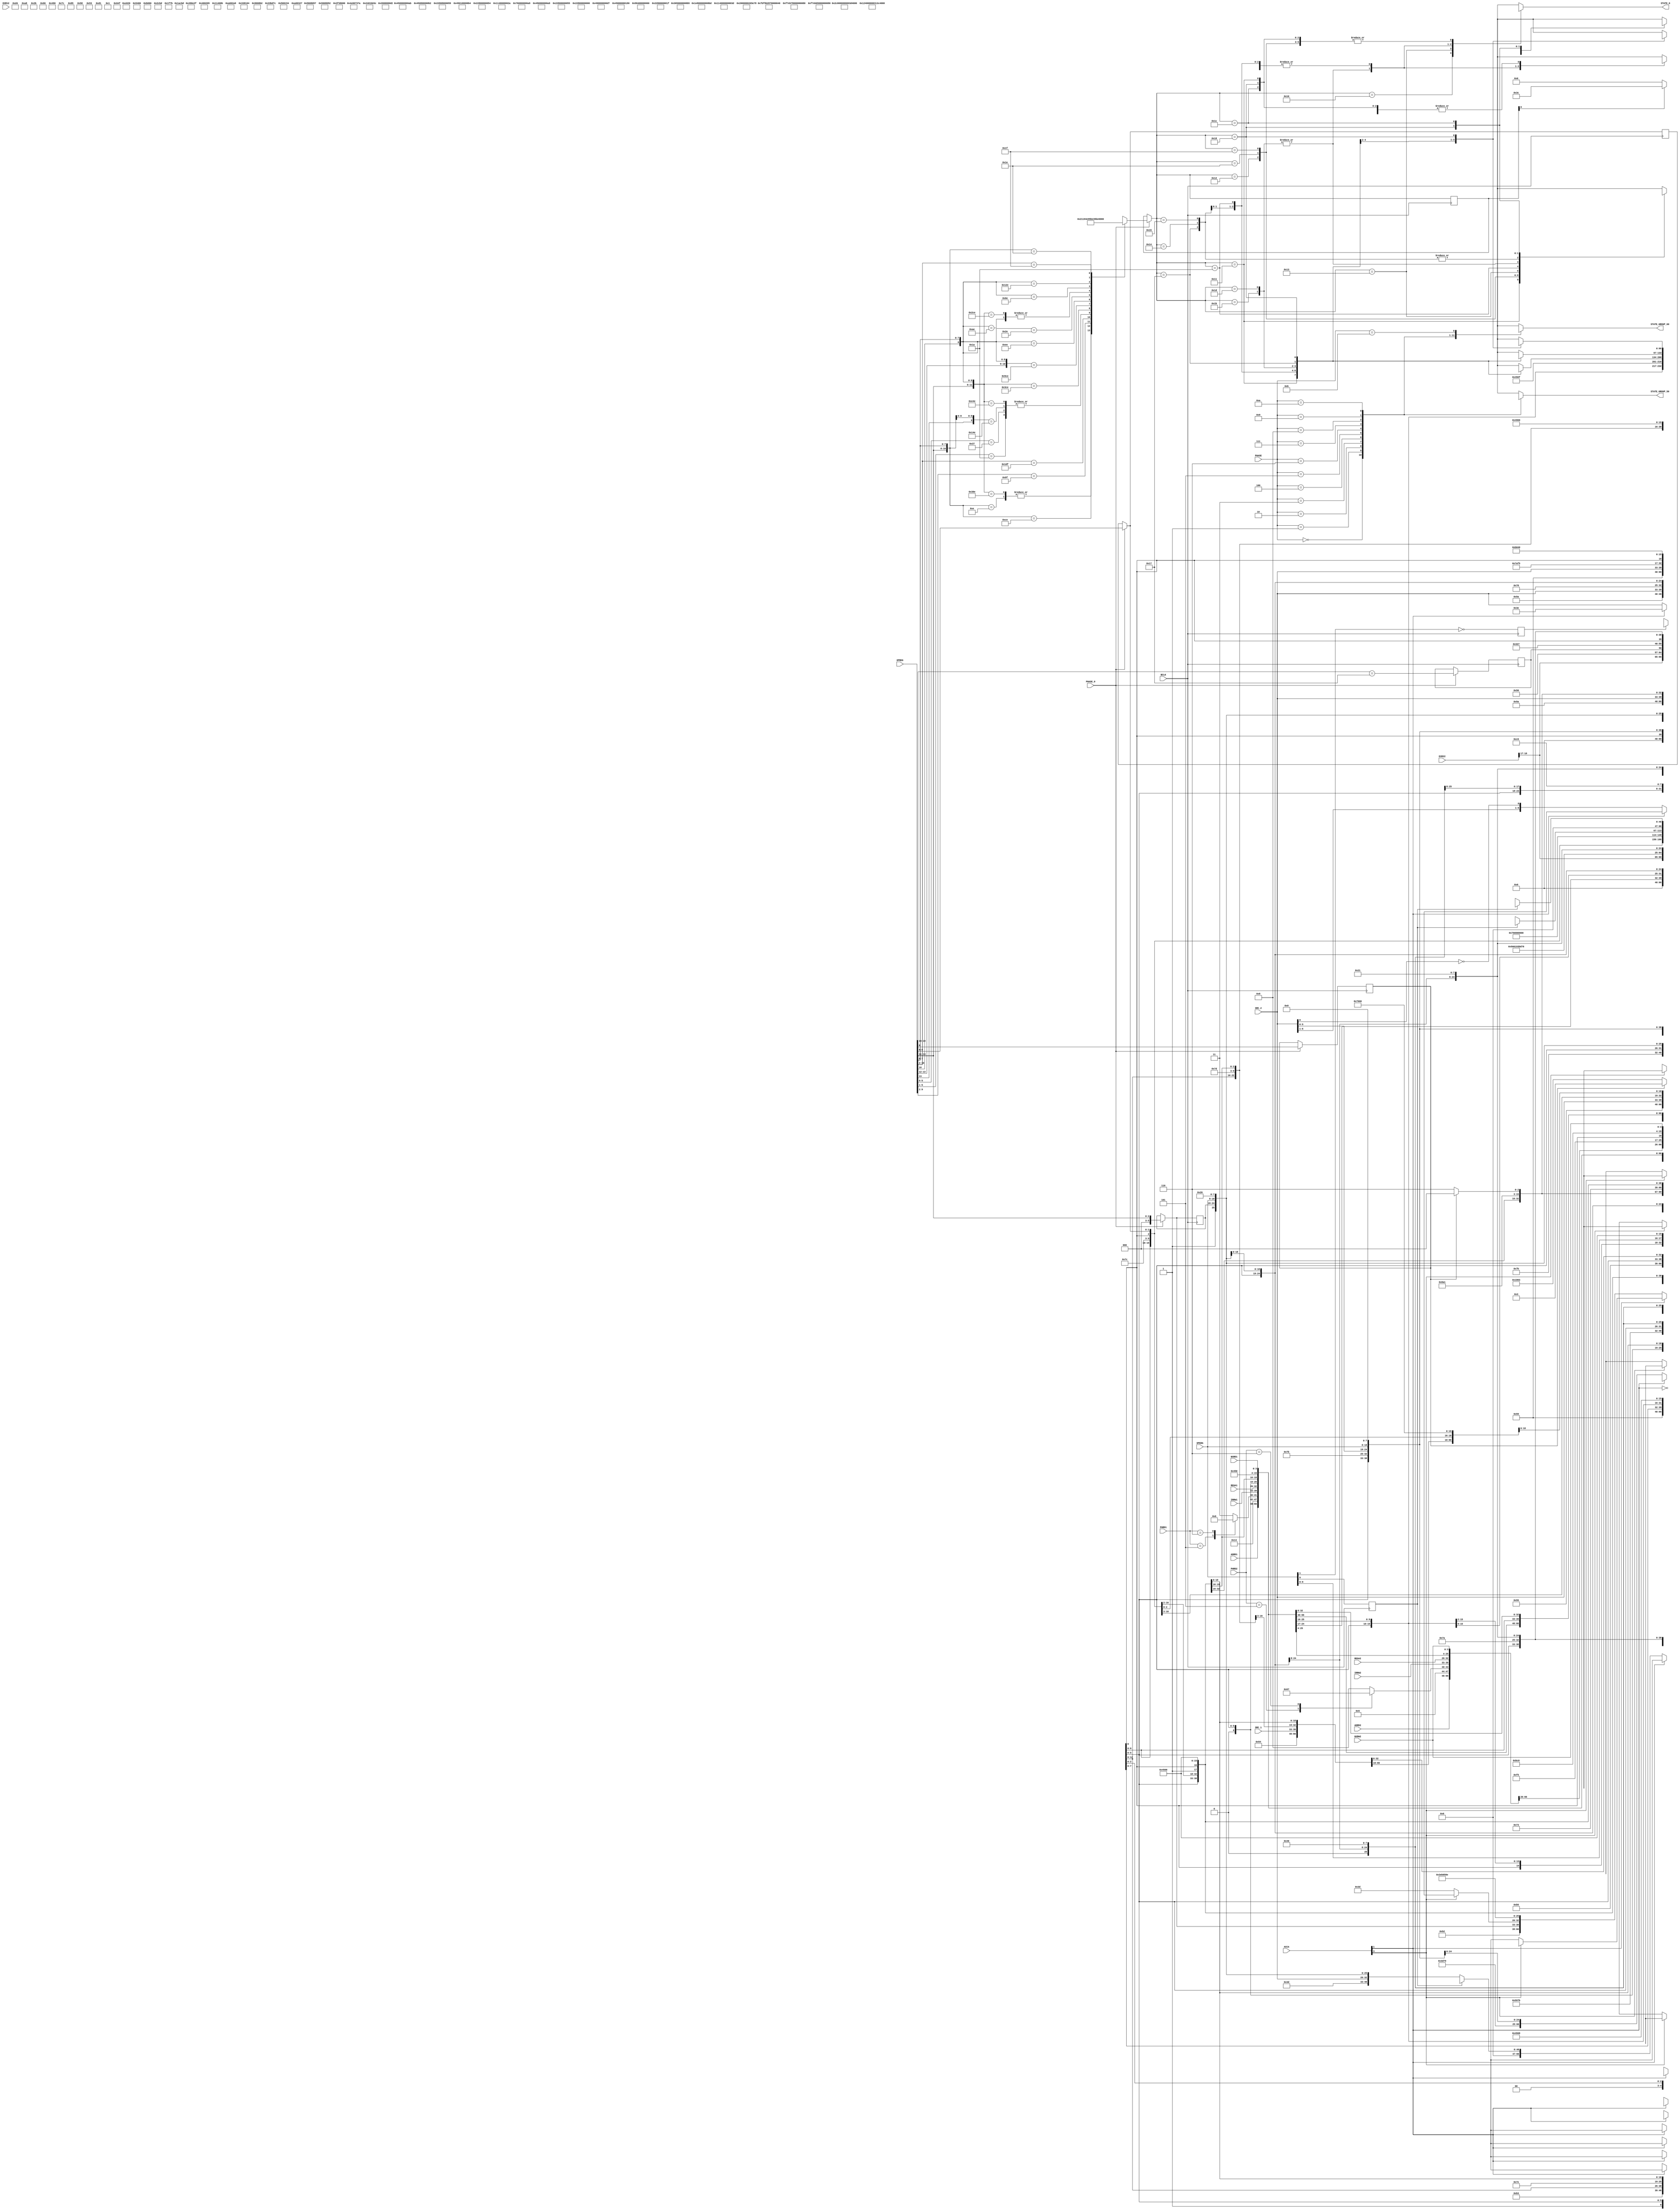
module GRUPPE_2 ( BCLK, PHASE_0, OPREG, PHASE, SRC_1, SRC_2, REGA1, REGA2, IRRW1, IRRW2, ADRD1, ADRD2, EXR12, EXR22,
				  PHRD1, PHRD2, NXRD1, NXRW2, ACCA, OPERA,
				  STATE_0, STATE_GROUP_50, STATE_GROUP_60 );
	input			BCLK,PHASE_0;
	input	[18:0]	OPREG;
	input	 [3:0]	PHASE;	// nur die 4 LSBs
	// Source 1 & 2 Inputs
	input	 [6:0]	SRC_1,SRC_2,REGA1,REGA2,IRRW1,IRRW2;
	input	[18:0]	ADRD1,ADRD2,EXR12,EXR22;
	input	 [3:0]	PHRD1,PHRD2;
	input	 [3:0]	NXRD1,NXRW2;
	input	 [3:0]	ACCA;	// ACCA = Access type :	0x Register
							//	[3:2] or [1:0]		10 Memory
							//						11 Memory + Index
	input	[10:0]	OPERA;
	output	[66:0]	STATE_0;
	output	[66:0]	STATE_GROUP_50,STATE_GROUP_60;
	reg		[66:0]	STATE_GROUP_50,STATE_GROUP_60;
	reg		[66:0]	STATE_0,state_50,state_53,state_54,state_55,state_58,state_59,state_5A;
	reg		 [4:0]	op_code,op_reg_reg;
	reg		 [7:0]	phsrc1,phsrc2;
	reg		 [5:0]	chkreg;
	reg		 [1:0]	bwdreg;
	reg				tbit_flag,size_dw;
	reg				inss_flag;
	reg				ext_tos;
	wire	[18:0]	exoffset,re_wr,rexwr;
	wire	[10:0]	op_kust,op_bwd;
	wire	 [7:0]	phchk;
	wire	 [4:0]	op_reg;
	wire	 [6:0]	src_1l,src_2l;
	wire	 [5:0]	dest_2;
	wire	 [3:0]	get8b_s,get8b_d;
	wire	 [6:0]	rd_reg;
	wire	[10:0]	op_zext;
	wire	 [3:0]	imdi;
	parameter dont_care	= 67'hx_xxxx_xxxx_xxxx_xxxx;
	// Address-Field : Size:2 RD WR LDEA FULLACC INDEX:4 SPUPD disp_val:4 POST CLRMSW SRC2SEL:2
	parameter addr_nop	= 19'h0;	// alle Parameter auf 0
	parameter disp2ea	= 19'bxx_0010_0000_0_0000_0010;	// pass DISP
	parameter case_op	= 19'bxx_0010_1000_0_0000_0001;	// SRC1 add to PC_ARCHI
	parameter read_byb	= 19'b00_1011_11xx_0_0000_0011;	// read of SRC2 for Bit opcodes
	parameter exr11		= {2'b10  ,4'b1011,4'h0 ,9'h080};	// 2. access External with Mem.-Pointer + 4* Disp
	parameter adrcvtp	= 19'bxx_0010_0111_0_0000_0000;	// for CVTP
	parameter addone	= 19'bxx_0010_0100_0_0000_0000;	// for INDEX : SRC1 + SRC2 , simple Add without Flags
	parameter addind	= 19'bxx_0010_0100_0_0000_0011;	// for INDEX : SRC1 + EA
	parameter src_x		= 7'hxx;
	parameter dest_x	= 6'hxx;
	parameter imme		= {1'b1,6'hxx};
	parameter F0		= 7'h20;
	parameter F0_h		= 7'h21;
	parameter w_F0		= 6'h20;
	parameter w_F0_h	= 6'h21;
	parameter temp_l	= 6'h3C;
	parameter temp_h	= 6'h3D;	// Second last place for 8B TEMP Register
	parameter temp_1	= 6'h3E;
	parameter rtmpl		= 7'h3C;
	parameter rtmph		= 7'h3D;
	parameter rtmp1		= 7'h3E;
	parameter op_mov	= {3'bx1x,8'h45};
	parameter op_adr	= {3'bx1x,8'h49};
	parameter op_addl	= {3'b01x,8'hB0};
	parameter op_addf	= {3'b11x,8'hB0};
	parameter op_mull	= {3'b01x,8'hBC};
	parameter op_mulf	= {3'b11x,8'hBC};
	parameter op_truf	= {3'b101,8'h9A};	// TRUNCFW for SCALBF
	parameter op_trul	= {3'b001,8'h9A};	// TRUNCLW for SCALBL
	parameter op_stpr	= {3'b11x,8'h54};	// Special-Op for String opcodes
	parameter op_lsh	= {3'b011,8'h65};	// EXT : shift to right : DOUBLE !
	parameter op_msk	= {3'b011,8'h80};	// reuse of EXT Opcode at INS !
	parameter op_mul	= {3'b011,8'h78};	// INDEX
	parameter op_rwv	= {3'bx1x,8'hE0};	// RDVAL+WRVAL
	always @(OPREG)	// whether the Opcode is valid is decided in DECODER !
	  casex (OPREG[13:0])
//		14'bxx_xxxx_1111_1110 : op_code = {2'b01,OPREG[11:10],OPREG[8]};	// DOT/POLY/SCALB
		14'b00_0xxx_0000_1110 : op_code = 5'b1_0000;	// MOVS/CMPS
		14'b00_11xx_0000_1110 : op_code = 5'b1_0000;	// SKPS
		14'b00_0xxx_1100_1110 : op_code = 5'b1_0001;	// MOVM/CMPM
		14'bxx_xx10_0111_11xx : op_code = 5'b1_0010;	// JUMP/JSR
		14'bxx_x111_0111_11xx : op_code = 5'b1_0011;	// CASE
		14'bxx_xxxx_xx11_010x : op_code = 5'b1_0100;	// TBIT
		14'bxx_xxxx_xx11_0111 : op_code = 5'b1_0100;	// TBIT
		14'b0x_1xxx_0100_1110 : op_code = 5'b1_0100;	// CBIT/SBIT
		14'b11_10xx_0100_1110 : op_code = 5'b1_0100;	// IBIT
		14'b00_11xx_1100_1110 : op_code = 5'b1_0101;	// EXTS
		14'b10_x1xx_1100_1110 : op_code = 5'b1_0111;	// DEI/MEI
		14'bxx_x0xx_1110_1110 : op_code = 5'b1_1000;	// CHECK
		14'bxx_x0xx_0010_1110 : op_code = 5'b1_1010;	// EXT
		14'bxx_x0xx_1010_1110 : op_code = 5'b1_1011;	// INS
		14'b00_10xx_1100_1110 : op_code = 5'b1_1011;	// INSS, the same like INS !
		14'bxx_x0xx_0110_1110 : op_code = 5'b1_1100;	// CVTP
		14'bxx_x1xx_0010_1110 : op_code = 5'b1_1101;	// INDEX
		14'bxx_x000_0111_11xx : op_code = 5'b1_1110;	// CXPD
		14'b00_0xxx_0001_1110 : op_code = 5'b1_1111;	// RDVAL+WRVAL
		default				  : op_code = 5'b00_xxx;
	  endcase
	always @(posedge BCLK) if (PHASE_0) op_reg_reg <= op_code;
	assign op_reg = PHASE_0 ? op_code : op_reg_reg;
	always @(PHRD1)	// recode of States
	  casex (PHRD1)
		 4'h5 : phsrc1 = 8'h51;
		 4'h6 : phsrc1 = 8'h52;
		 4'hB : phsrc1 = 8'h53;	// ok, is in default ...
	  default : phsrc1 = 8'h53;
	  endcase
	assign get8b_s = (PHRD1 == 4'hB) ? 4'hC : 4'h0;	// Special case 8B Immeadiate, is used in State 53
	always @(PHRD2)	// recode of States
	  casex (PHRD2)
		 4'h5 : phsrc2 = 8'h56;
		 4'h6 : phsrc2 = 8'h57;
		 4'hB : phsrc2 = 8'h58;	// ok, is in default ...
	  default : phsrc2 = 8'h58;
	  endcase
	assign get8b_d = (PHRD2 == 4'hB) ? 4'hC : 4'h0;	// Special case 8B Immeadiate, is used in State 58
	assign src_1l = {SRC_1[6:1],1'b0};
	assign src_2l = {SRC_2[6:1],~SRC_2[0]};	// needed only for DEI/MEI
	assign dest_2 =  SRC_2[5:0];
	assign phchk = {7'b0101_010,size_dw};	// Phase 54 or 55
	assign op_kust = {1'bx,OPERA[9:8],8'h7A};	// Special-Opcode for MOVM/CMPM
	assign op_bwd  = {1'bx,OPERA[9:8],8'h45};	// for CASE and Bit opcodes
	assign re_wr   = {EXR22[18:17],4'b0101,4'h0, 9'h003};	// REUSE Address : Write of rmw , top 2 Bits contain size
	always @(posedge BCLK) if (PHASE_0) ext_tos <= (OPREG[18:14] == 5'h17);	// if TOS
	assign rexwr   = {EXR22[18:17],4'b0101,4'h0, ext_tos, 8'h03};	// REUSE Addresse : Write von rmw , only for EXT and EXTS !
	always @(posedge BCLK) tbit_flag <= ~OPERA[1];	// due to Timing ...
	always @(posedge BCLK) size_dw	 <=  OPERA[9];
	always @(posedge BCLK) if (PHASE_0) chkreg <= {3'b000,OPREG[13:11]};	// for CHECK
	assign rd_reg = (PHASE_0) ? {4'b0,OPREG[13:11]} : {1'b0,chkreg};	// for read operation at EXT/INS
	always @(posedge BCLK) if (PHASE_0) bwdreg <= OPREG[9:8];		// only for INS/INSS !
	assign op_zext = {1'bx,(PHASE_0 ? OPREG[9:8] : bwdreg),8'h76};
	always @(posedge BCLK) if (PHASE_0) inss_flag <= OPREG[6];	// Difference INSS to INS
	assign imdi = inss_flag ? 4'h8 : 4'hE;	// read Immediate or Displacement
	assign exoffset = inss_flag ? 19'b10_1011_0000_0_0000_0011 	// Read of SRC2 at INSS
								: 19'b10_1011_1100_0_0000_0011;	// Read of SRC1+Offset at EXT, SRC2+Offset at INS
	always @(*)
	  casex (op_reg)
		5'b1_0000 :	// MOVS Phase 0 : Entry 1. Pointer "in Page"-test prepare, 2. test for R0=0 , then jump to x'C0
			begin
			  STATE_0  = {	 addr_nop,8'h67, 7'h01, 7'h02, 1'b0,dest_x,op_stpr,	2'b00,2'b00,4'h0  };	// String-Pointer prepare
			  state_50 = dont_care;
			  state_53 = dont_care;
			  state_54 = dont_care;
			  state_55 = dont_care;
			  state_58 = dont_care;
			  state_59 = dont_care;
			  state_5A = dont_care;
			end
		5'b1_0001 :	// MOVM Phase 0 : Entry with test for R0=0 , then jump to x'C0
			begin
			  STATE_0  = {   ADRD1,   phsrc1,src_x, REGA1, 1'b0,dest_x,op_mov,  2'b00,2'b00,NXRD1 };
			  state_50 = {   ADRD1,   phsrc1,IRRW1, REGA1, 1'b0,dest_x,op_mov,  2'b00,2'b00,NXRD1 };
			  state_53 = {   ADRD2,   phsrc2,IRRW2, REGA2, 1'b1,temp_h,op_adr,  2'b00,2'b00,NXRW2 };
			  state_54 = dont_care;
			  state_55 = dont_care;
			  state_58 = {	 disp2ea, 8'h65, src_x, src_x, 1'b1,temp_1,op_adr,  2'b00,2'b00,4'b1110 };	// Read of DISP for count
			  state_59 = {	 addr_nop,8'h67, rtmph, rtmp1, 1'b0,dest_x,op_stpr,	2'b00,2'b00,4'h0  };	// String-Pointer prepare
			  state_5A = dont_care;
			end
		5'b1_0010 :	// JUMP/JSR
			begin
			  STATE_0  = {   ADRD1,   phsrc1,src_x, REGA1, 1'b0,dest_x,op_mov,  2'b00,2'b00,NXRD1 };
			  state_50 = {   ADRD1,   phsrc1,IRRW1, REGA1, 1'b0,dest_x,op_mov,  2'b00,2'b00,NXRD1 };
			  state_53 = {   addr_nop,8'h66, src_x, src_x, 1'b1,temp_h,op_adr,  2'b00,2'b00,4'h0  };
			  state_54 = dont_care;
			  state_55 = dont_care;
			  state_58 = dont_care;
			  state_59 = dont_care;
			  state_5A = dont_care;
			end
		5'b1_1110 :	// CXPD
			begin
			  STATE_0  = {   ADRD1,   phsrc1,src_x, REGA1, 1'b0,dest_x,op_mov,  2'b00,2'b00,NXRD1 };
			  state_50 = {   ADRD1,   phsrc1,IRRW1, REGA1, 1'b0,dest_x,op_mov,  2'b00,2'b00,NXRD1 };
			  state_53 = {   addr_nop,8'h6B, imme,  src_x, 1'b1,temp_h,op_mov,  2'b00,2'b00,4'h0  };
			  state_54 = dont_care;
			  state_55 = dont_care;
			  state_58 = dont_care;
			  state_59 = dont_care;
			  state_5A = dont_care;
			end
		5'b1_1111 :	// RDVAL+WRVAL
			begin
			  STATE_0  = {   ADRD1,   phsrc1,src_x, REGA1, 1'b0,dest_x,op_mov,  2'b00,2'b00,NXRD1 };
			  state_50 = {   ADRD1,   phsrc1,IRRW1, REGA1, 1'b0,dest_x,op_mov,  2'b00,2'b00,NXRD1 };
			  state_53 = {   addr_nop,8'h00, src_x, src_x, 1'b0,dest_x,op_rwv,  2'b00,2'b10,4'h0  };	// LD_OUT set because of "F"
			  state_54 = dont_care;
			  state_55 = dont_care;
			  state_58 = dont_care;
			  state_59 = dont_care;
			  state_5A = dont_care;
			end
		5'b1_0011 :	// CASE
			begin
			  STATE_0  = ACCA[3] ?		// _M...
						 {   ADRD1,   phsrc1,src_x, REGA1, 1'b0,dest_x,op_mov,  2'b00,2'b00,NXRD1 }
					   : {	 case_op, 8'h54, SRC_1, src_x, 1'b0,dest_x,op_bwd,	2'b00,2'b00,4'h0  };
			  state_50 = {   ADRD1,   phsrc1,IRRW1, REGA1, 1'b0,dest_x,op_mov,  2'b00,2'b00,NXRD1 };	// only one operand in mem.
			  state_53 = {   case_op, 8'h54, imme,  src_x, 1'b0,dest_x,op_bwd,	2'b00,2'b00,4'h0  };
			  state_54 = {   addr_nop,8'h66, src_x, src_x, 1'b1,temp_h,op_adr,  2'b00,2'b00,4'h0  };
			  state_55 = dont_care;
			  state_58 = dont_care;
			  state_59 = dont_care;
			  state_5A = dont_care;
			end
		5'b1_0100 : // all Bit opcodes with Bit in memory. RMW Test in Phase x'59 = Special case, otherwise x'58
			begin
			  STATE_0  = ACCA[3] ?		// _M...
						 {   ADRD1,   phsrc1,src_x, REGA1, 1'b0,dest_x,op_mov,  2'b00,2'b00,NXRD1 }
					   : {	 addr_nop,8'h54, SRC_1, src_x, 1'b1,temp_h,op_mov,	2'b00,2'b00,4'h0  };
			  state_50 = ACCA[3] ?		// _M...
						 {   ADRD1,   phsrc1,IRRW1, REGA1, 1'b0,dest_x,op_mov,  2'b00,2'b00,NXRD1 }
					   : {	 addr_nop,8'h54, SRC_1, src_x, 1'b1,temp_h,op_mov,	2'b00,2'b00,4'h0  };
			  state_53 = {   addr_nop,8'h54, imme,  src_x, 1'b1,temp_h,op_mov,	2'b00,2'b00,4'h0  };
			  state_54 = {	 ADRD2,   phsrc2,IRRW2, REGA2, 1'b0,dest_x,op_mov,  2'b00,2'b00,NXRW2 };	// here SRC1 => TEMP_H
			  state_55 = dont_care;
			  state_58 = {	 read_byb,8'h59, rtmph, src_x, 1'b0,dest_x,op_bwd,	2'b00,2'b00,4'h1  };	// next read of Byte
			  state_59 = tbit_flag ?
						 {	 addr_nop,8'h00, src_x, imme,  1'b0,dest_x,OPERA,	2'b00,2'b10,4'h0  }		// TBIT end
					   : {	 re_wr,   8'h27, src_x, imme,  1'b0,dest_x,OPERA,	2'b00,2'b10,4'h1  };	// CBIT/SBIT/IBIT end
			  state_5A = dont_care;
			end
		5'b1_0101 : // EXTS : BASE Operand => TEMP, calculate address of Destination
			begin
			  STATE_0  = ACCA[3] ?		// _M...
						 {   ADRD1,   phsrc1,src_x, REGA1, 1'b0,dest_x,op_mov,  2'b00,2'b00,NXRD1 }
					   : {	 addr_nop,8'h54, SRC_1, src_x, 1'b1,temp_h,op_mov,	2'b00,2'b00,4'h0  };
			  state_50 = ACCA[3] ?		// _M...
						 {   ADRD1,   phsrc1,IRRW1, REGA1, 1'b0,dest_x,op_mov,  2'b00,2'b00,NXRD1 }
					   : {	 addr_nop,8'h54, SRC_1, src_x, 1'b1,temp_h,op_mov,	2'b00,2'b00,4'h0  };
			  state_53 = {   addr_nop,8'h54, imme,  src_x, 1'b1,temp_h,op_mov,	2'b00,2'b00,4'h0  };
			  state_54 = ACCA[1] ?
						 {	 ADRD2,   phsrc2,IRRW2, REGA2, 1'b0,dest_x,op_mov,  2'b00,2'b00,NXRW2 }		// here Adr(DEST) => EA
					   : {	 addr_nop,8'h59, src_x, src_x, 1'b0,dest_x,op_mov,	2'b00,2'b00,4'h8  };	// 1 Byte Immediate read
			  state_55 = dont_care;
			  state_58 = {	 addr_nop,8'h59, src_x, src_x, 1'b0,dest_x,op_mov,	2'b00,2'b00,4'h8  };	// 1 Byte Immediate read
			  state_59 = ACCA[1] ?		// _..M.
						 {	 rexwr,   8'h27, imme,  rtmph, 1'b0,dest_x,OPERA,	2'b00,2'b10,4'h1  }		// result in memory
					   : {	 addr_nop,8'h00, imme,  rtmph, 1'b1,dest_2,OPERA,	2'b00,2'b00,4'h0  };	// result in Register
			  state_5A = dont_care;
			end
		5'b1_1010 : // EXT : BASE Operand => TEMP, calculate address of Destination
			begin
			  STATE_0  = ACCA[3] ?		// _M...
						 {   ADRD1,   phsrc1,src_x, REGA1, 1'b0,dest_x,op_mov,  2'b00,2'b00,NXRD1 }
					   : {	 addr_nop,8'h54, SRC_1, src_x, 1'b1,temp_h,op_mov,	2'b00,2'b00,4'h0  };
			  state_50 = ACCA[3] ?		// _M...
						 {   ADRD1,   phsrc1,IRRW1, REGA1, 1'b0,dest_x,op_mov,  2'b00,2'b00,NXRD1 }
					   : {	 addr_nop,8'h54, SRC_1, src_x, 1'b1,temp_h,op_mov,	2'b00,2'b00,4'h0  };
			  state_53 = {   addr_nop,8'h55, src_x, src_x, 1'b0,dest_x,op_mov,	2'b00,2'b00,4'h0  };	// Addr => EA Reg
			  state_54 = ACCA[1] ?
						  ( ACCA[3] ?
						    {addr_nop,8'h5A, imme,  src_x, 1'b1,temp_h,op_mov,	2'b00,2'b00,4'h0  }
						   :{ADRD2,   phsrc2,IRRW2, REGA2, 1'b0,dest_x,op_mov,	2'b00,2'b00,NXRW2 }	)	// here Adr(DEST) => EA
					   : {	 addr_nop,8'h59, rd_reg,(ACCA[3] ? imme : rtmph),
														   1'b1,temp_h,op_lsh,	2'b00,2'b00,4'hE  };	// Displacement read
			  state_55 = {   exoffset,8'h54, rd_reg,src_x, 1'b0,dest_x,op_mov,	2'b00,2'b00,4'h1  };	// Read Source, EA reuse
			  state_58 = {	 addr_nop,8'h59, rd_reg,rtmph, 1'b1,temp_h,op_lsh,	2'b00,2'b00,4'hE  };	// Displacement read
			  state_59 = ACCA[1] ?		// _..M.
						 {	 rexwr,   8'h27, src_x, rtmph, 1'b0,dest_x,OPERA,	2'b00,2'b10,4'h1  }		// result in memory
					   : {	 addr_nop,8'h00, src_x, rtmph, 1'b1,dest_2,OPERA,	2'b00,2'b00,4'h0  };	// result in Register
			  state_5A = {	 ADRD2,   phsrc2,IRRW2, REGA2, 1'b0,dest_x,op_mov,	2'b00,2'b00,NXRW2 };	// special case Mem-Mem
			end
		5'b1_1011 : // INS/INSS : BASE Operand => TEMP, SRC2 read as Double ! RMW not tested (Phase x'6A) but uncritical
			begin
			  STATE_0  = ACCA[3] ?		// _M...
						 {   ADRD1,   phsrc1,src_x, REGA1, 1'b0,dest_x,op_mov,  2'b00,2'b00,NXRD1 }
					   : {	 addr_nop,8'h54, SRC_1, src_x, 1'b1,temp_h,op_zext, 2'b00,2'b00,4'h0  };
			  state_50 = ACCA[3] ?		// _M...
						 {   ADRD1,   phsrc1,IRRW1, REGA1, 1'b0,dest_x,op_mov,  2'b00,2'b00,NXRD1 }
					   : {	 addr_nop,8'h54, SRC_1, src_x, 1'b1,temp_h,op_zext, 2'b00,2'b00,4'h0  };
			  state_53 = {   addr_nop,8'h54, imme,  src_x, 1'b1,temp_h,op_zext, 2'b00,2'b00,4'h0  };	// zext(SRC1) => TEMP
			  state_54 = ACCA[1] ?
						 {	 ADRD2,   phsrc2,IRRW2, REGA2, 1'b0,dest_x,op_mov,	2'b00,2'b00,NXRW2 }		// here Adr(DEST) => EA
					   : {	 addr_nop,8'h5A, SRC_2, src_x, 1'b1,temp_l,op_mov,	2'b00,2'b00,imdi  };	// Imme./Disp. read
			  state_55 = {   exoffset,8'h6A, rd_reg,src_x, 1'b0,dest_x,op_mov,	2'b00,2'b00,4'h1  };	// Read Source, EA reuse
			  state_58 = {	 addr_nop,8'h55, src_x, src_x, 1'b0,dest_x,op_mov,	2'b00,2'b00,4'h0  };	//
			  state_59 = ACCA[1] ?		// _..M.
						 {	 re_wr,   8'h27, rtmph, rtmpl, 1'b0,dest_x,OPERA,	2'b00,2'b10,4'h1  }		// result in memory
					   : {	 addr_nop,8'h00, rtmph, rtmpl, 1'b1,dest_2,OPERA,	2'b00,2'b00,4'h0  };	// result in Register
			  state_5A = {	 addr_nop,8'h68, imme,  src_x, 1'b1,temp_1,op_msk,	2'b00,2'b00,4'h0  };	// Mask generate
			end
		5'b1_1101 : // INDEX :
			begin
			  STATE_0  = ACCA[3] ?		// _M...
						 {   ADRD1,   phsrc1,src_x, REGA1, 1'b0,dest_x,op_mov,  2'b00,2'b00,NXRD1 }
					   : {	 addr_nop,8'h54, SRC_1, src_x, 1'b1,temp_h,op_zext, 2'b00,2'b00,4'h0  };
			  state_50 = ACCA[3] ?		// _M...
						 {   ADRD1,   phsrc1,IRRW1, REGA1, 1'b0,dest_x,op_mov,  2'b00,2'b00,NXRD1 }
					   : {	 addr_nop,8'h54, SRC_1, src_x, 1'b1,temp_h,op_zext, 2'b00,2'b00,4'h0  };
			  state_53 = {   addr_nop,8'h54, imme,  src_x, 1'b1,temp_h,op_zext, 2'b00,2'b00,4'h0  };	// zext(SRC1) => TEMP_H
			  state_54 = ACCA[1] ?
						 {	 ADRD2,   phsrc2,IRRW2, REGA2, 1'b0,dest_x,op_mov,	2'b00,2'b00,NXRW2 }		// zext(SRC2) => TEMP_L
					   : {	 addr_nop,8'h55, SRC_2, src_x, 1'b1,temp_l,op_zext, 2'b00,2'b00,4'h0  };
			  state_55 = {   addr_nop,8'h5A, rd_reg,rtmph, 1'b1,temp_h,op_mul,	2'b00,2'b00,4'h0  };	// Multiplication
			  state_58 = {	 addr_nop,8'h55, imme,  src_x, 1'b1,temp_l,op_zext, 2'b00,2'b00,4'h0  };	//
			  state_59 = {	 addind,  8'h60, rtmpl, src_x, 1'b0,dest_x,op_mov,	2'b00,2'b00,4'h0  };	// Add of Index in EA
			  state_5A = {	 addone,  8'h59, rd_reg,rtmph, 1'b0,dest_x,op_mov,	2'b00,2'b00,4'h0  };	// Add of EA (=+1)
			end
		5'b1_0111 :	// DEI + MEI , both read 8B from DEST ! RMW critical !
			begin
			  STATE_0  = ACCA[3] ?		// _M...
						 {   ADRD1,   phsrc1,src_x, REGA1, 1'b0,dest_x,op_mov,  2'b00,2'b00,NXRD1 }
					   : {	 addr_nop,8'h54, SRC_1, src_x, 1'b1,temp_h,op_mov,	2'b00,2'b00,4'h0  };
			  state_50 = ACCA[3] ?		// _M...
						 {   ADRD1,   phsrc1,IRRW1, REGA1, 1'b0,dest_x,op_mov,  2'b00,2'b00,NXRD1 }
					   : {	 addr_nop,8'h54, SRC_1, src_x, 1'b1,temp_h,op_mov,	2'b00,2'b00,4'h0  };
			  state_53 = {   addr_nop,8'h54, imme,  src_x, 1'b1,temp_h,op_mov,	2'b00,2'b00,4'h0  };
			  state_54 = ACCA[1] ?
						 {	 ADRD2,   phsrc2,IRRW2, REGA2, 1'b0,dest_x,op_mov,  2'b00,2'b00,NXRW2 }		// here SRC1 => TEMP_H
					   : {	 addr_nop,8'h59, rtmph, SRC_2, 1'b0,dest_x,OPERA,	2'b01,2'b00,4'h0  };	// 1. part of Register
			  state_55 = dont_care;
			  state_58 = size_dw ?
						 {	 addr_nop,8'h59, rtmph, imme,  1'b0,dest_x,OPERA,	2'b01,2'b00,4'h0  }		// D needs 2 accesses
					   : {	 addr_nop,8'h1F, rtmph, imme,  1'b0,dest_x,OPERA,	2'b11,2'b00,4'h0  };	// B+W start at once
			  state_59 = {	 addr_nop,8'h1F, src_x, (ACCA[1] ? imme : src_2l),							// SRC2 = memory or Reg
													   ~ACCA[1],dest_2,OPERA,	2'b10,2'b00,4'h0  };
			  state_5A = dont_care;
			end
		5'b1_1000 :	// CHECK
			begin
			  STATE_0  = {   ADRD1,   phsrc1,src_x, REGA1, 1'b0,dest_x,op_mov,  2'b00,2'b00,NXRD1 };	// No Register !
			  state_50 = {   ADRD1,   phsrc1,IRRW1, REGA1, 1'b0,dest_x,op_mov,  2'b00,2'b00,NXRD1 };
			  state_53 = {   addr_nop,phchk, imme,  src_x, 1'b1,temp_h,op_mov,	2'b00,2'b00,4'h0  };	// No Immediate !
			  state_54 = ACCA[1] ?
						 {	 ADRD2,   phsrc2,IRRW2, REGA2, 1'b0,dest_x,op_mov,  2'b00,2'b00,NXRW2 }
					   : (  size_dw ?
							{addr_nop,8'h5A, SRC_2, rtmpl, 1'b0,dest_x,OPERA,	2'b00,2'b10,4'h0  }		// Upper Bound - pointer
						  : {addr_nop,8'h00, rtmph, SRC_2, 1'b1,chkreg,OPERA,	2'b00,2'b10,4'h0  } );
			  state_55 = {   addr_nop,8'h54, imme,  src_x, 1'b1,temp_l,op_mov,	2'b00,2'b00,4'h0  };
			  state_58 = size_dw ?
						 {	 addr_nop,8'h59, imme,  src_x, 1'b1,temp_1,op_mov,	2'b00,2'b00,4'h0  }		// here SRC2 => TEMP_1
					   : {	 addr_nop,8'h00, rtmph, imme,  1'b1,chkreg,OPERA,	2'b00,2'b10,4'h0  };
			  state_59 = {	 addr_nop,8'h5A, rtmp1, rtmpl, 1'b0,dest_x,OPERA,	2'b00,2'b10,4'h0  };	// Upper Bound - pointer
			  state_5A = {	 addr_nop,8'h00, rtmph, (ACCA[1] ? rtmp1 : SRC_2),
														   1'b1,chkreg,OPERA,	2'b00,2'b10,4'h0  };	// pointer - Lower Bound
			end
		5'b1_1100 :	// CVTP
			begin
			  STATE_0  = {   ADRD1,   phsrc1,src_x, REGA1, 1'b0,dest_x,op_mov,  2'b00,2'b00,NXRD1 };	// Address
			  state_50 = {   ADRD1,   phsrc1,IRRW1, REGA1, 1'b0,dest_x,op_mov,  2'b00,2'b00,NXRD1 };
			  state_53 = {   addr_nop,8'h54, src_x, src_x, 1'b1,temp_h,op_adr,	2'b00,2'b00,4'h0  };
			  state_54 = {	 adrcvtp, 8'h73, rtmph, rd_reg,1'b0,dest_x,op_mov,  2'b00,2'b00,4'h0  };	// 8*TEMP+Offset
			  state_55 = dont_care;
			  state_58 = dont_care;
			  state_59 = dont_care;
			  state_5A = dont_care;
			end
//		5'b01_000 :	// SCALBL : RMW critical !
//			begin
//			  STATE_0  = ACCA[3] ?		// _M...
//						 {   ADRD1,   phsrc1,src_x, REGA1, 1'b0,dest_x,op_mov,  2'b00,2'b00,NXRD1 }
//					   : {	 addr_nop,8'h54, SRC_1, src_1l,1'b1,temp_h,op_trul, 2'b11,2'b00,4'h0  };
//			  state_50 = ACCA[3] ?		// _M...
//						 {   ADRD1,   phsrc1,IRRW1, REGA1, 1'b0,dest_x,op_mov,  2'b00,2'b00,NXRD1 }
//					   : {	 addr_nop,8'h54, SRC_1, src_1l,1'b1,temp_h,op_trul, 2'b11,2'b00,4'h0  };
//			  state_53 = {   addr_nop,8'h55, imme,  src_x, 1'b1,temp_h,op_mov,	2'b00,2'b00,get8b_s };
//			  state_54 = ACCA[1] ?
//						 {	 ADRD2,   phsrc2,IRRW2, REGA2, 1'b0,dest_x,op_trul, 2'b00,2'b00,NXRW2 }
//					   : {	 addr_nop,8'h5A, src_x, src_x, 1'b0,temp_h,op_trul,	2'b00,2'b00,4'h0  };
//			  state_55 = {	 addr_nop,8'h54, rtmph, imme,  1'b1,temp_h,op_trul, 2'b11,2'b00,4'h0  };	// 2. half of external SRC1
//			  state_58 = {	 addr_nop,8'h59, rtmph, imme,  1'b0,dest_2,OPERA,	2'b01,2'b00,4'h0  };
//			  state_59 = {	 addr_nop,8'h1F, src_x, (ACCA[1] ? imme : src_2l),
//													   ~ACCA[1],dest_2,OPERA,	2'b10,2'b00,4'h0  };
//			  state_5A = {	 addr_nop,8'h59, rtmph, SRC_2, 1'b0,dest_2,OPERA,	2'b01,2'b00,4'h0  };	// empty cycle for TRUNC => TEMP !
//			end
//		5'b01_001 :	// SCALBF : RMW critical !
//			begin
//			  STATE_0  = ACCA[3] ?		// _M...
//						 {   ADRD1,   phsrc1,src_x, REGA1, 1'b0,dest_x,op_mov,  2'b00,2'b00,NXRD1 }
//					   : {	 addr_nop,8'h54, SRC_1, src_x, 1'b1,temp_h,op_truf, 2'b00,2'b00,4'h0  };
//			  state_50 = ACCA[3] ?		// _M...
//						 {   ADRD1,   phsrc1,IRRW1, REGA1, 1'b0,dest_x,op_mov,  2'b00,2'b00,NXRD1 }
//					   : {	 addr_nop,8'h54, SRC_1, src_x, 1'b1,temp_h,op_truf, 2'b00,2'b00,4'h0  };
//			  state_53 = {   addr_nop,8'h54, imme,  src_x, 1'b1,temp_h,op_truf, 2'b00,2'b00,4'h0  };
//			  state_54 = ACCA[1] ?
//						 {	 ADRD2,   phsrc2,IRRW2, REGA2, 1'b0,dest_x,op_mov,  2'b00,2'b00,NXRW2 }
//					   : {	 addr_nop,8'h1F, rtmph, SRC_2, 1'b1,dest_2,OPERA,	2'b11,2'b00,4'h0  };
//			  state_55 = dont_care;
//			  state_58 = {	 addr_nop,8'h1F, rtmph, imme,  1'b0,dest_x,OPERA,	2'b11,2'b00,4'h0  };
//			  state_59 = dont_care;
//			  state_5A = dont_care;
//			end
//		5'b01_100 :	// POLYL
//			begin
//			  STATE_0  = ACCA[3] ?		// _M...
//						 {   ADRD1,   phsrc1,src_x, REGA1, 1'b0,dest_x,op_mov,  2'b00,2'b00,NXRD1 }
//					   : {	 addr_nop,8'h54, SRC_1, F0_h,  1'b0,temp_h,op_mull, 2'b01,2'b00,4'h0  };
//			  state_50 = ACCA[3] ?		// _M...
//						 {   ADRD1,   phsrc1,IRRW1, REGA1, 1'b0,dest_x,op_mov,  2'b00,2'b00,NXRD1 }
//					   : {	 addr_nop,8'h54, SRC_1, F0_h,  1'b0,temp_h,op_mull, 2'b01,2'b00,4'h0  };
//			  state_53 = {   addr_nop,8'h54, imme,  F0_h,  1'b0,temp_h,op_mull, 2'b01,2'b00,get8b_s };
//			  state_54 = {	 addr_nop,8'h64, (ACCA[3] ? imme : src_1l),
//													F0,    1'b1,temp_h,op_mull, 2'b10,2'b00,4'h0  };
//			  state_55 = dont_care;
//			  state_58 = {	 addr_nop,8'h59, imme,  rtmph, 1'b0,dest_x,op_addl, 2'b01,2'b00,get8b_d };
//			  state_59 = {	 addr_nop,8'h62, (ACCA[1] ? imme : src_2l),
//													rtmpl, 1'b1,w_F0_h,op_addl, 2'b10,2'b00,4'h0  };
//			  state_5A = dont_care;
//			end
//		5'b01_101 :	// POLYF
//			begin
//			  STATE_0  = ACCA[3] ?		// _M...
//						 {   ADRD1,   phsrc1,src_x, REGA1, 1'b0,dest_x,op_mov,  2'b00,2'b00,NXRD1 }
//					   : {	 addr_nop,8'h54, SRC_1, F0,    1'b1,temp_h,op_mulf, 2'b00,2'b00,4'h0  };
//			  state_50 = ACCA[3] ?		// _M...
//						 {   ADRD1,   phsrc1,IRRW1, REGA1, 1'b0,dest_x,op_mov,  2'b00,2'b00,NXRD1 }
//					   : {	 addr_nop,8'h54, SRC_1, F0,    1'b1,temp_h,op_mulf, 2'b00,2'b00,4'h0  };
//			  state_53 = {   addr_nop,8'h54, imme,  F0,    1'b1,temp_h,op_mulf, 2'b00,2'b00,4'h0  };
//			  state_54 = ACCA[1] ?
//						 {	 ADRD2,   phsrc2,IRRW2, REGA2, 1'b0,dest_x,op_mov,  2'b00,2'b00,NXRW2 }
//					   : {	 addr_nop,8'h00, rtmph, SRC_2, 1'b1,w_F0  ,op_addf, 2'b00,2'b00,4'h0  };
//			  state_55 = dont_care;
//			  state_58 = {	 addr_nop,8'h00, rtmph, imme,  1'b1,w_F0  ,op_addf, 2'b00,2'b00,4'h0  };
//			  state_59 = dont_care;
//			  state_5A = dont_care;
//			end
//		5'b01_110 :	// DOTL
//			begin
//			  STATE_0  = (~ACCA[3] & ~ACCA[1]) ?		// _R.R.
//						 {	 addr_nop,8'h59, SRC_1, SRC_2, 1'b0,dest_x,op_mull, 2'b01,2'b00,4'h0  }
//					   : (  ACCA[3] ?		// _M...
//						    {ADRD1,   phsrc1,src_x, REGA1, 1'b0,dest_x,op_mov,  2'b00,2'b00,NXRD1 }
//						  : {ADRD2,   phsrc2,src_x, REGA2, 1'b0,dest_x,op_mov,  2'b00,2'b00,NXRW2 } );
//			  state_50 = ACCA[3] ?		// _M...
//						 {   ADRD1,   phsrc1,IRRW1, REGA1, 1'b0,dest_x,op_mov,  2'b00,2'b00,NXRD1 }
//					   : {   ADRD2,   phsrc2,IRRW2, REGA2, 1'b0,dest_x,op_mov,  2'b00,2'b00,NXRW2 };
//			  state_53 = ACCA[1] ?		// _..M.
//						 {   addr_nop,8'h54, imme,  src_x, 1'b1,temp_h,op_mov,  2'b00,2'b00,get8b_s }
//					   : {	 addr_nop,8'h59, imme,  SRC_2, 1'b0,dest_x,op_mull, 2'b01,2'b00,get8b_s };
//			  state_54 = {	 addr_nop,8'h55, imme,  src_x, 1'b1,temp_l,op_mov,  2'b00,2'b00,4'h0  };
//			  state_55 = {	 ADRD2,   phsrc2,IRRW2, REGA2, 1'b0,dest_x,op_mov,  2'b00,2'b00,NXRW2 };
//			  state_58 = {	 addr_nop,8'h59, (ACCA[3] ? rtmph : SRC_1),		//_M...
//													imme,  1'b0,dest_x,op_mull, 2'b01,2'b00,get8b_d };
//			  state_59 = {	 addr_nop,8'h5A, (ACCA[3] ? (ACCA[1] ? rtmpl : imme) : src_1l), (ACCA[1] ? imme : src_2l),
//														   1'b1,temp_h,op_mull, 2'b10,2'b00,4'h0  };
//			  state_5A = {	 addr_nop,8'h61, rtmph, F0_h,  1'b0,temp_h,op_mull, 2'b01,2'b00,4'h0  };
//			end
//		5'b01_111 :	// DOTF
//			begin
//			  STATE_0  = (~ACCA[3] & ~ACCA[1]) ?		// _R.R.
//						 {	 addr_nop,8'h63, SRC_1 ,SRC_2 ,1'b1,temp_h,op_mulf, 2'b00,2'b00,4'h0  }		// opera = MULF
//					   : (  ACCA[3] ?		// _M...
//						    {ADRD1,   phsrc1,src_x, REGA1, 1'b0,dest_x,op_mov,  2'b00,2'b00,NXRD1 }
//						  : {ADRD2,   phsrc2,src_x, REGA2, 1'b0,dest_x,op_mov,  2'b00,2'b00,NXRW2 } );
//			  state_50 = ACCA[3] ?		// _M...
//						 {   ADRD1,   phsrc1,IRRW1, REGA1, 1'b0,dest_x,op_mov,  2'b00,2'b00,NXRD1 }
//					   : {   ADRD2,   phsrc2,IRRW2, REGA2, 1'b0,dest_x,op_mov,  2'b00,2'b00,NXRW2 };
//			  state_53 = ACCA[1] ?		// _..M.
//						 {   addr_nop,8'h55, imme,  src_x, 1'b1,temp_h,op_mov,  2'b00,2'b00,4'h0  }
//					   : {	 addr_nop,8'h63, imme,  SRC_2 ,1'b1,temp_h,op_mulf, 2'b00,2'b00,4'h0  };
//			  state_54 = dont_care;
//			  state_55 = {	 ADRD2,   phsrc2,IRRW2, REGA2, 1'b0,dest_x,op_mov,  2'b00,2'b00,NXRW2 };
//			  state_58 = {	 addr_nop,8'h63, (ACCA[3] ? rtmph : SRC_1),		//_M...
//													imme,  1'b1,temp_h,op_mulf, 2'b00,2'b00,4'h0  };
//			  state_59 = dont_care;
//			  state_5A = dont_care;
//			end
		default
			begin
			  STATE_0  = dont_care;
			  state_50 = dont_care;
			  state_53 = dont_care;
			  state_54 = dont_care;
			  state_55 = dont_care;
			  state_58 = dont_care;
			  state_59 = dont_care;
			  state_5A = dont_care;
			end
		endcase
	always @(*)
	  casex (PHASE)
		 4'h0 : STATE_GROUP_50 = state_50;
		// Phase 51 : wait for data and Disp2 for External Address mode : part 2 EA = (MOD+4)+4*DISP1
		 4'h1 : STATE_GROUP_50 = {exr11,   8'h52, src_x,imme , 1'b0,dest_x,		op_mov,	2'b00,2'b00,	4'b1111};
		// Phase 52 : Memory-Pointer for Memory Relative and last access External
		 4'h2 : STATE_GROUP_50 = {EXR12,   8'h53, IRRW1,imme , 1'b0,dest_x,		op_mov,	2'b00,2'b00,	4'b1111};  // atys[0] !
		 4'h3 : STATE_GROUP_50 = state_53;
		 4'h4 : STATE_GROUP_50 = state_54;
		 4'h5 : STATE_GROUP_50 = state_55;
		// Phase 56 : wait for data and Disp2 for External Address mode : part 2 EA = (MOD+4)+4*DISP1
		 4'h6 : STATE_GROUP_50 = {exr11,   8'h57, src_x,imme , 1'b0,dest_x,		op_mov,	2'b00,2'b00,	4'b1111};
		// Phase 57 : Memory-Pointer for Memory Relative and last access External
		 4'h7 : STATE_GROUP_50 = {EXR22,   8'h58, IRRW2,imme , 1'b0,dest_x,		op_mov,	2'b00,2'b00,	4'b1111};  // atyd[0] !
		 4'h8 : STATE_GROUP_50 = state_58;
		 4'h9 : STATE_GROUP_50 = state_59;
		 4'hA : STATE_GROUP_50 = state_5A;
	  default : STATE_GROUP_50 = dont_care;
	  endcase
	always @(*)
	  casex (PHASE)
		 4'h0 : STATE_GROUP_60 = {	 addr_nop,8'h00, src_x, src_x, 1'b1,chkreg,op_adr,  2'b00,2'b00,4'h0  };	// for INDEX
		 4'h1 : STATE_GROUP_60 = {	 addr_nop,8'h62, rtmpl, F0,    1'b1,w_F0_h,op_addl, 2'b10,2'b00,4'h0  };	// for DOTL
		 4'h2 : STATE_GROUP_60 = {	 addr_nop,8'h00, src_x, src_x, 1'b0,w_F0_h,op_addl, 2'b00,2'b00,4'h0  };	// for DOTL & POLYL !
		 4'h3 : STATE_GROUP_60 = {	 addr_nop,8'h00, rtmph, F0,    1'b1,w_F0,  op_addf, 2'b00,2'b00,4'h0  };	// for DOTF
		 4'h4 : STATE_GROUP_60 = ACCA[1] ?	// ..M.
								 {	 ADRD2,   phsrc2,IRRW2, REGA2, 1'b0,temp_h,op_mull, 2'b00,2'b00,NXRW2 }
							   : {	 addr_nop,8'h59, SRC_2, rtmph, 1'b0,temp_h,op_addl, 2'b01,2'b00,4'h0  };	// for POLYL
		 4'h5 : STATE_GROUP_60 = {	 addr_nop,8'h59, src_x, src_x, 1'b1,temp_l,op_kust, 2'b00,2'b00,4'h0  };	// for MOVM/CMPM
		 4'h6 : STATE_GROUP_60 = {	 addr_nop,8'h01, rtmph, src_x, 1'b0,dest_x,op_mov,	2'b00,2'b00,4'h0  };	// for JUMP/JSR/CASE
		 4'h7 : STATE_GROUP_60 = {	 addr_nop,8'hC0, (op_reg_reg[0] ? rtmpl : 7'h00),							// Jump to String execution
															src_x, 1'b0,dest_x,OPERA,	2'b00,2'b10,4'h0  };	// LD_OUT set, CMPS F-Flag
		// for INS
		 4'h8 : STATE_GROUP_60 = {	 addr_nop,8'h69, rd_reg,rtmph, 1'b1,temp_h,op_lsh,	2'b00,2'b00,4'h0  };	// SRC1 shift
		 4'h9 : STATE_GROUP_60 = {	 addr_nop,8'h59, rd_reg,rtmp1, 1'b0,dest_x,op_lsh,	2'b00,2'b00,4'h0  };	// Mask shift
		 4'hA : STATE_GROUP_60 = {	 addr_nop,8'h5A, imme,  src_x, 1'b1,temp_l,op_mov,	2'b00,2'b00,imdi  };	// Imme./Disp. read
		// for CXPD, this State is decoded explicitly in DECODER
		 4'hB : STATE_GROUP_60 = {	 addr_nop,8'h39, imme,  src_x, 1'b1,temp_l,op_mov,	2'b00,2'b00,4'h0  };	// pass PC
	  default : STATE_GROUP_60 = dont_care;
	  endcase
endmodule